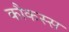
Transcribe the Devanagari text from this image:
कौकस्स